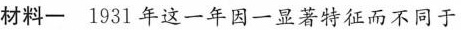
材料一 1931年这一年因一显著特征而不同于